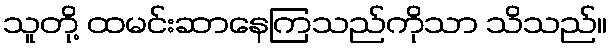
သူတို့ ထမင်းဆာနေကြသည်ကိုသာ သိသည်။